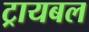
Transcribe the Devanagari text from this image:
ट्रायबल